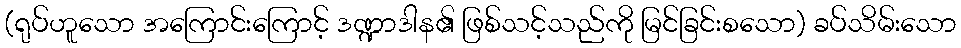
(ရုပ်ဟူသော အကြောင်းကြောင့် ဒဏ္ဍာဒါန၏ ဖြစ်သင့်သည်ကို မြင်ခြင်းစသော) ခပ်သိမ်းသော